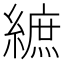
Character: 𦄝